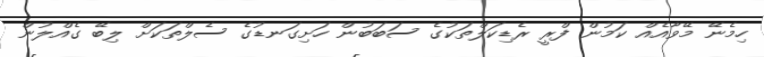
ހިމެނޭ މޭވާއެއް ކަމުން ފްރީ ރެޑިކަލްތަކުގެ ސަބަބުން ހަށިގަނޑުގެ ސެލްތަކަށް ލިބޭ ގެއްލުން